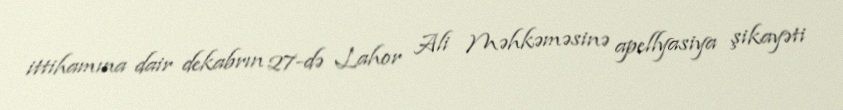
ittihamına dair dekabrın 27-də Lahor Ali Məhkəməsinə apellyasiya şikayəti